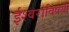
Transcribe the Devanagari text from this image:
ईश्वराविषयी